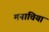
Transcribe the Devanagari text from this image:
मनाचिया